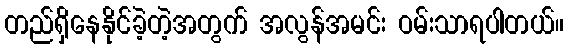
တည်ရှိနေနိုင်ခဲ့တဲ့အတွက် အလွန်အမင်း ဝမ်းသာရပါတယ်။